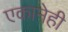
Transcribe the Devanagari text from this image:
एकानेही